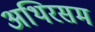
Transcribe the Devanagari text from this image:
अथिरसम